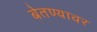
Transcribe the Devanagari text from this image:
बेतण्यावर